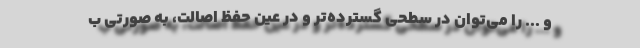
و ... را می‌توان در سطحی گسترده‌تر و در عین حفظ اصالت، به صورتی ب